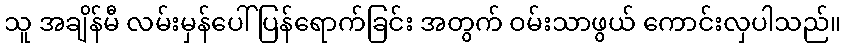
သူ အချိန်မီ လမ်းမှန်ပေါ် ပြန်ရောက်ခြင်း အတွက် ဝမ်းသာဖွယ် ကောင်းလှပါသည်။